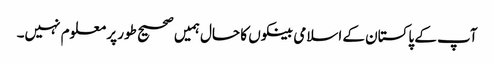
آپ کے پاکستان کے اسلامی بینکوں کا حال ہمیں صحیح طور پر معلوم نہیں۔